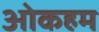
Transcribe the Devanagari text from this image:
ओकहम